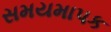
સમયમાપક